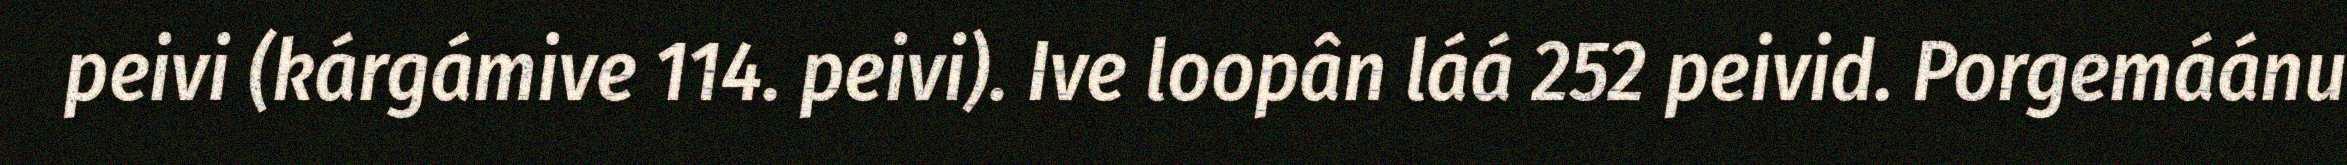
peivi (kárgámive 114. peivi). Ive loopân láá 252 peivid. Porgemáánu